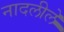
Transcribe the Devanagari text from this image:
नादलीले